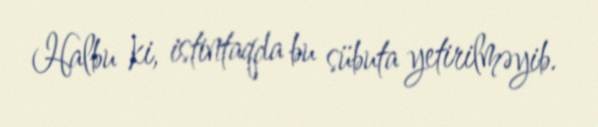
Halbu ki, istintaqda bu sübuta yetirilməyib.